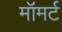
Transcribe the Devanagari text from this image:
मॉमर्ट